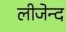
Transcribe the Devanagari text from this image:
लीजेन्द